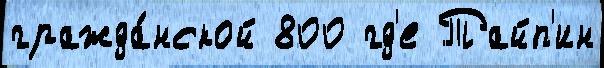
гражда́нской 800 гд'е Тайп'ин